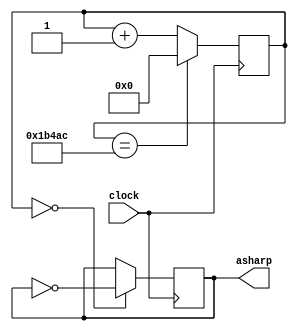
`timescale 1ns / 1ps
//////////////////////////////////////////////////////////////////////////////////
// Company: 
// Engineer: 
// 
// Design Name: 
// Module Name: asharp
// Project Name: 
// Target Devices: 
// Tool Versions: 
// Description: 
// 
// Dependencies: 
// 
// Revision:
// Revision 0.01 - File Created
// Additional Comments:
// 
//////////////////////////////////////////////////////////////////////////////////


module asharp(
    input clock,
    output reg asharp = 0
    );
    
    reg [31:0] count = 0;
    
    always @(posedge clock)
    begin
        count <= (count == 31'd111788) ? 0 : count + 1;
        asharp <= (count == 0) ? ~asharp : asharp ;
    end
    endmodule